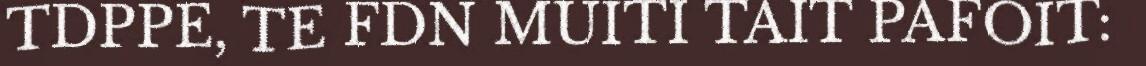
TDPPE, TE FDN MUITI TAIT PAFOIT: